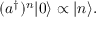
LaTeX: ( a ^ { \dagger } ) ^ { n } | 0 \rangle \propto | n \rangle .